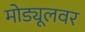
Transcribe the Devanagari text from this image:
मोड्यूलवर